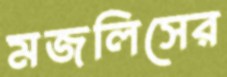
মজলিসের